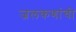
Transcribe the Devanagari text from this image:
जलकणांची